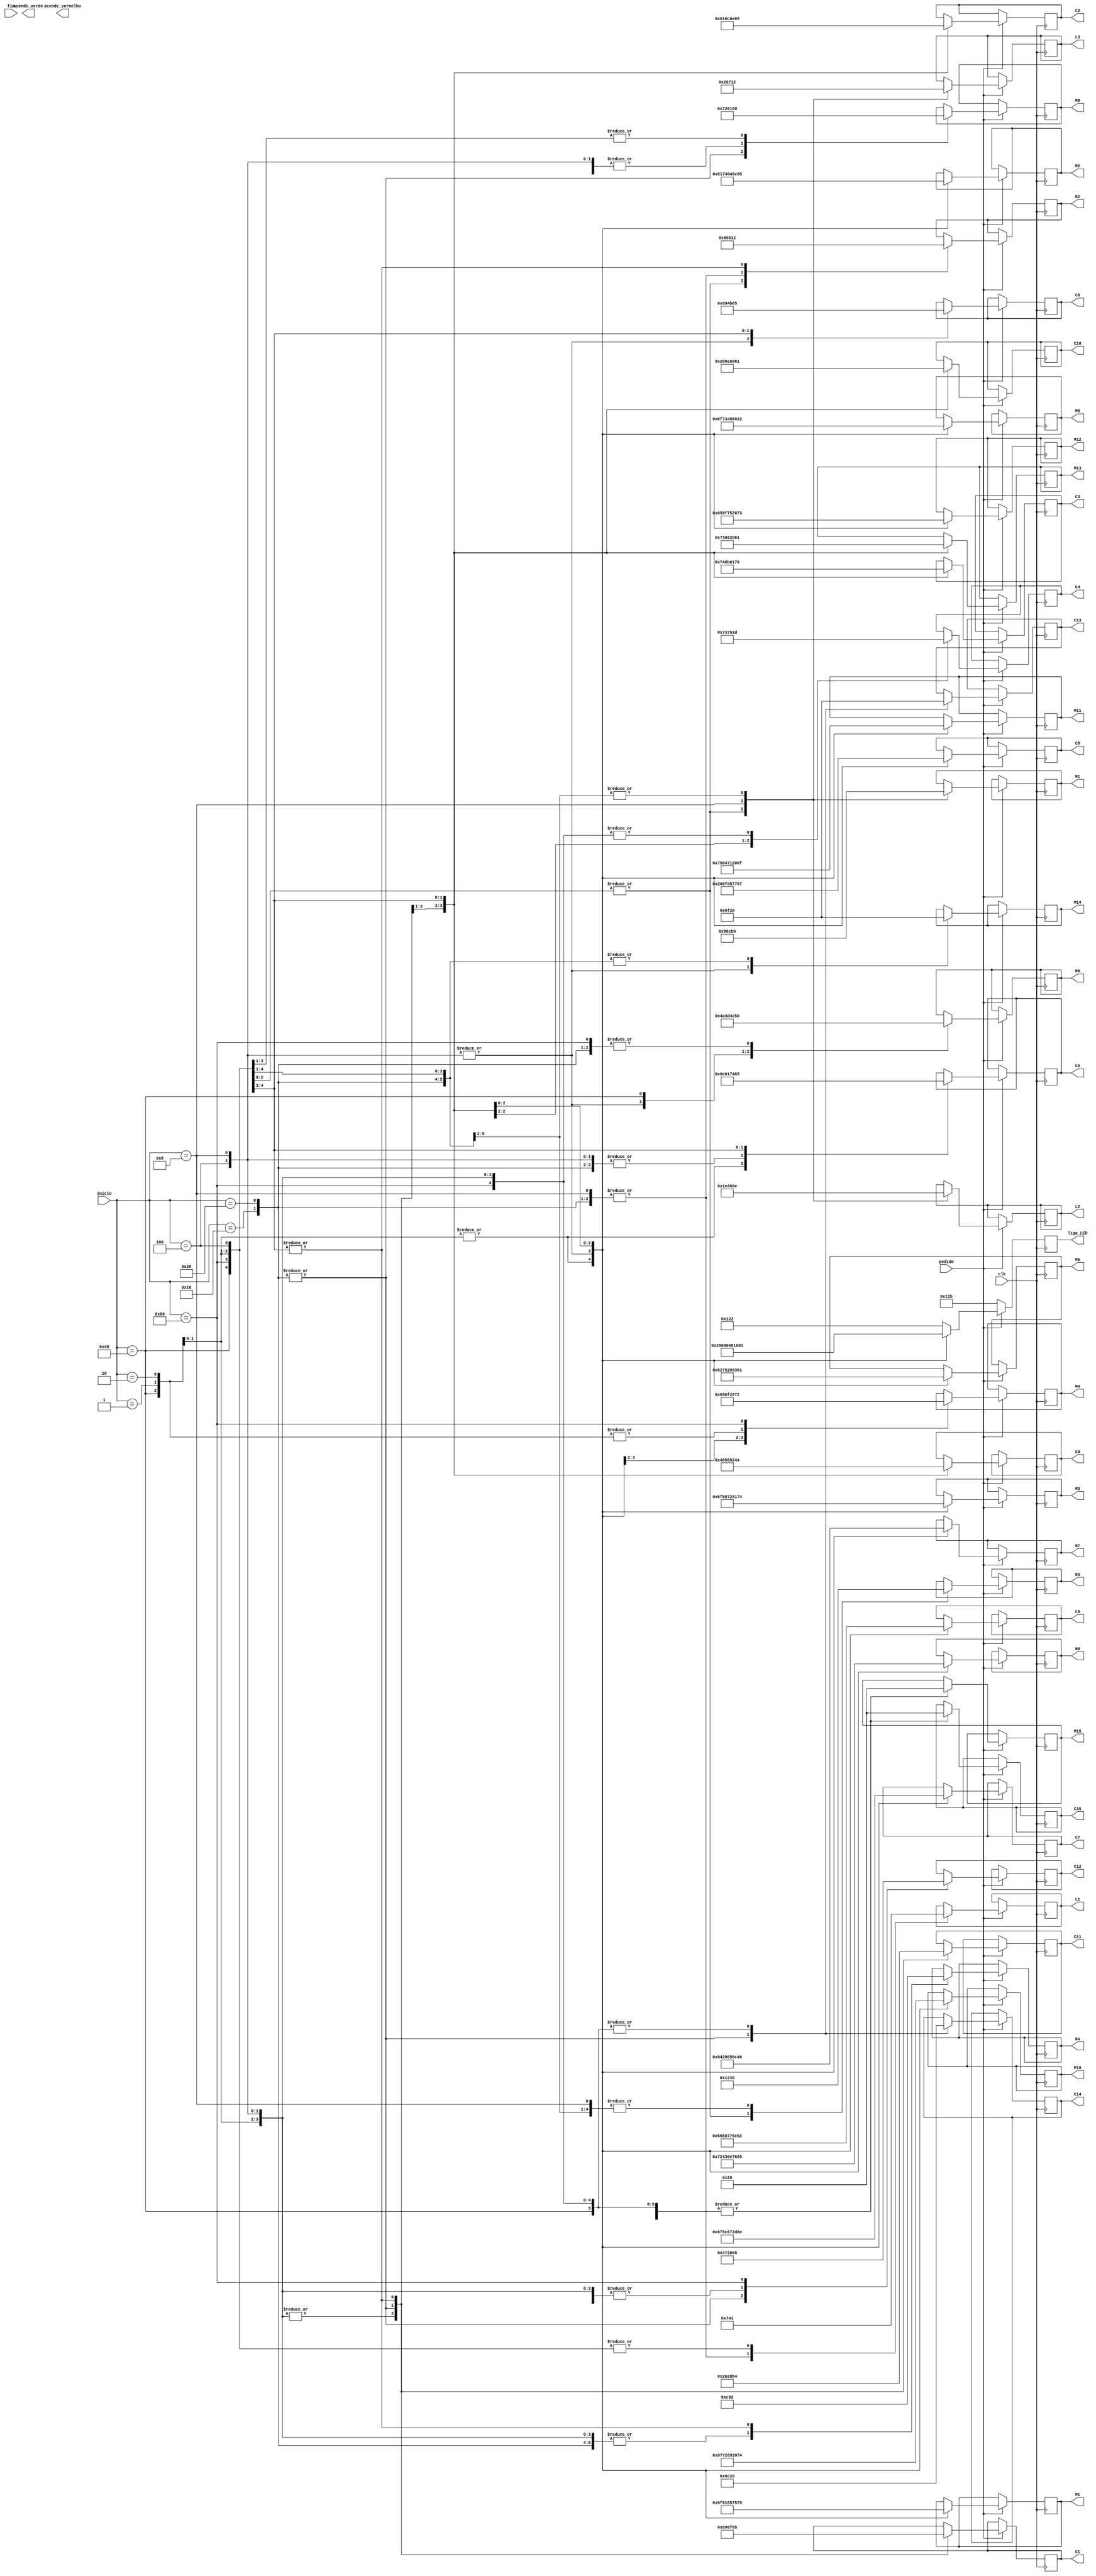
module motorista(M0,M1,M2,M3,M4,M5,M6,M7,M8,M9,M10,M11,M12,M13,M14,M15,
C0,C1,C2,C3,C4,C5,C6,C7,C8,C9,C10,C11,C12,C13,C14,C15,clk,
N1,N2,N3,N4,L1,L2,L3,
inicio,fim,acende_verde,acende_vermelho,pedido,liga_LED);
input clk;
input[7:0] inicio,fim;
output reg [7:0]acende_verde;
output reg[17:0] acende_vermelho ;
input pedido;
output reg [8:0]liga_LED;

output reg [7:0] M0,M1,M2,M3,M4,M5,M6,M7,M8,M9,M10,M11,M12,M13,M14,M15,
C0,C1,C2,C3,C4,C5,C6,C7,C8,C9,C10,C11,C12,C13,C14,C15;
output reg [6:0] N1,N2,N3,N4,L1,L2,L3;
always@(posedge clk)
begin 
if (pedido==0)
liga_LED= 9'b 100101011;
else
begin
	case({inicio})
	1:
	begin
	liga_LED= 9'b000100000;
	//Nome do Motorista
	M0 = 8'h4a;//J
	M1 = 8'h6f;//o
	M2 = 8'h61;//a
	M3 = 8'h6f;//o
	M4 = 8'h20;//space 
	M5 = 8'h52;//R
	M6 = 8'h6f;//o
	M7 = 8'h64;//d
	M8 = 8'h72;//r
	M9 = 8'h69;//i
	M10 = 8'h67;//g
	M11 = 8'h75;//u
	M12 = 8'h65;//e
	M13 = 8'h73;//s
	M14 = 8'h20;//space
	M15 = 8'h20;//space
	//modelo do carro:
	C0 = 8'h46; //F 	
	C1 = 8'h69; //i
	C2 = 8'h61; //a
	C3 = 8'h74; //t
	C4 = 8'h2d; //-
	C5 = 8'h55; //U
	C6 = 8'h6e; //n
	C7 = 8'h6f; //o
	C9 = 8'h20;//space
	C10 = 8'h20;//space
	C11 = 8'h20;//space
	C12 = 8'h20;//space
	C13 = 8'h20;//space
	C14 = 8'h20;//space
	C15 = 8'h20;//space
	//placa do carro:
	N1 = ~7'b1011011;//2
	N2 = ~7'b1100110;//4
	N3 = ~7'b1011011;//2
	N4 = ~7'b1100110;//4
	L1 = ~7'b0111110;//V
	L2 = ~7'b00000110;//I
	L3 = ~7'b1110111;//A
	end

	2:
	begin
	liga_LED= 9'b000100000;
	//Nome do Motorista
	M0 = 8'h4a;//J
	M1 = 8'h6f;//o
	M2 = 8'h61;//a
	M3 = 8'h6f;//o
	M4 = 8'h20;//space 
	M5 = 8'h52;//R
	M6 = 8'h6f;//o
	M7 = 8'h64;//d
	M8 = 8'h72;//r
	M9 = 8'h69;//i
	M10 = 8'h67;//g
	M11 = 8'h75;//u
	M12 = 8'h65;//e
	M13 = 8'h73;//s
	M14 = 8'h20;//space
	M15 = 8'h20;//space
	//modelo do carro:
	C0 = 8'h46; //F 	
	C1 = 8'h69; //i
	C2 = 8'h61; //a
	C3 = 8'h74; //t
	C4 = 8'h2d; //-
	C5 = 8'h55; //U
	C6 = 8'h6e; //n
	C7 = 8'h6f; //o
	C9 = 8'h20; //space
	C10 = 8'h20; //space
	C11 = 8'h20; //space
	C12 = 8'h20; //space
	C13 = 8'h20; //space
	C14 = 8'h20; //space
	C15 = 8'h20; //space
	//placa do carro:
	N1 = ~7'b1011011;//2
	N2 = ~7'b1100110;//4
	N3 = ~7'b1011011;//2
	N4 = ~7'b1100110;//4
	L1 = ~7'b0111110;//V
	L2 = ~7'b00000110;//I
	L3 = ~7'b1110111;//A
	end
	
	4:
	begin 
	liga_LED=  9'b100000000;
	//Nome do Motorista
	M0 = 8'h4d; //M
	M1 = 8'h61; //a
	M2 = 8'h74; //t
	M3 = 8'h68; //h
	M4 = 8'h65; //e 
	M5 = 8'h75; //u
	M6 = 8'h73; //s
	M7 = 8'h20; //space
	M8 = 8'h43; //C
	M9 = 8'h61; //a
	M10 = 8'h72; //r
	M11 = 8'h64; //d
	M12 = 8'h6f; //o
	M13 = 8'h73; //s
	M14 = 8'h6f; //o
	M15 = 8'h20; //space
	//modelo do carro:
	C0 = 8'h46; //F 	
	C1 = 8'h69; //i
	C2 = 8'h61; //a
	C3 = 8'h74; //t
	C4 = 8'h2d; //-
	C5 = 8'h50;//P
	C6 = 8'h61;//a
	C7 = 8'h6c;//l
	C8 = 8'h69;//i
	C9 = 8'h6f;//o
	C10 = 8'h20;//space
	C11 = 8'h20;//space
	C12 = 8'h20;//space
	C13 = 8'h20;//space
	C14 = 8'h20;//space
	C15 = 8'h20;//space
	//placa do carro:
	N1 = ~7'b1011011;//2
	N2 = ~7'b1100110;//4
	N3 = ~7'b1011011;//2
	N4 = ~7'b1100110;//4
	L1 = ~7'b0111110;//V
	L2 = ~7'b00000110;//I
	L3 = ~7'b1110111;//A
	end

	8: 
	begin
	liga_LED=  9'b100000000;
	M0 = 8'h4d; //M
	M1 = 8'h61; //a
	M2 = 8'h74; //t
	M3 = 8'h68; //h
	M4 = 8'h65; //e 
	M5 = 8'h75; //u
	M6 = 8'h73; //s
	M7 = 8'h20; //space
	M8 = 8'h43; //C
	M9 = 8'h61; //a
	M10 = 8'h72; //r
	M11 = 8'h64; //d
	M12 = 8'h6f; //o
	M13 = 8'h73; //s
	M14 = 8'h6f; //o
	M15 = 8'h20; //space
	//modelo do carro:
	C0 = 8'h46; //F 	
	C1 = 8'h69; //i
	C2 = 8'h61; //a
	C3 = 8'h74; //t
	C4 = 8'h2d; //-
	C5 = 8'h50; //P
	C6 = 8'h61; //a
	C7 = 8'h6c; //l
	C8 = 8'h69; //i
	C9 = 8'h6f; //o
	C10 = 8'h20; //space
	C11 = 8'h20; //space
	C12 = 8'h20; //space
	C13 = 8'h20; //space
	C14 = 8'h20; //space
	C15 = 8'h20; //space
	//placa do carro:
	N1 = ~7'b1100110;//4
	N2 = ~7'b1001111;//3
	N3 = ~7'b1001111;//3
	N4 = ~7'b1100110;//4
	L1 = ~7'b1110001;//F
	L2 = ~7'b1101101;//S
	L3 = ~7'b1110001;//F
	end

   	16:
	begin
	liga_LED= 9'b000000010;
	//Nome do Motorista
	M0 = 8'h50;//P
	M1 = 8'h65;//e
	M2 = 8'h64;//d
	M3 = 8'h72;//r
	M4 = 8'h6f;//o 
	M5 = 8'h20;//space
	M6 = 8'h48;//H
	M7 = 8'h65;//e
	M8 = 8'h6e;//n
	M9 = 8'h72;//r
	M10 = 8'h69;//i
	M11 = 8'h71;//q
	M12 = 8'h75;//u
	M13 = 8'h65;//e
	M14 = 8'h20;//space
	M15 = 8'h20;//space
	//modelo do carro:
	C0 = 8'h56; //V
	C1 = 8'h6f; //o
	C2 = 8'h6c; //l
	C3 = 8'h6b; //k
	C4 = 8'h73; //s
	C5 = 8'h77; //w
	C6 = 8'h61; //a
	C7 = 8'h67; //g
	C9 = 8'h65; //e
	C10 = 8'h6e; //n
	C11 = 8'h2d; //-
	C12 = 8'h47; //G
	C13 = 8'h6f; //o
	C14 = 8'h6c; //l
	C15 = 8'h20; //space
	N1 = ~7'b1001111;//3
	N2 = ~7'b1001111;//3
	N3 = ~7'b1001111;//3
	N4 = ~7'b1100110;//4
	L1 = ~7'b1110001;//F
	L2 = ~7'b1110001;//F
	L3 = ~7'b1101101;//S
	end

	32:
	begin
	liga_LED= 9'b000000010;
	//Nome do Motorista
	M0 = 8'h50;//P
	M1 = 8'h65;//e
	M2 = 8'h64;//d
	M3 = 8'h72;//r
	M4 = 8'h6f;//o 
	M5 = 8'h20;//space
	M6 = 8'h48;//H
	M7 = 8'h65;//e
	M8 = 8'h6e;//n
	M9 = 8'h72;//r
	M10 = 8'h69;//i
	M11 = 8'h71;//q
	M12 = 8'h75;//u
	M13 = 8'h65;//e
	M14 = 8'h20;//space
	M15 = 8'h20;//space
	//modelo do carro:
	C0 = 8'h56; //V
	C1 = 8'h6f; //o
	C2 = 8'h6c; //l
	C3 = 8'h6b; //k
	C4 = 8'h73; //s
	C5 = 8'h77; //w
	C6 = 8'h61; //a
	C7 = 8'h67; //g
	C9 = 8'h65; //e
	C10 = 8'h6e; //n
	C11 = 8'h2d; //-
	C12 = 8'h47; //G
	C13 = 8'h6f; //o
	C14 = 8'h6c; //l
	C15 = 8'h20; //space
	N1 = ~7'b1001111;//3
	N2 = ~7'b1001111;//3
	N3 = ~7'b1001111;//3
	N4 = ~7'b1100110;//4
	L1 = ~7'b1110001;//F
	L2 = ~7'b1110001;//F
	L3 = ~7'b1101101;//S
	end

	64:
	begin
	liga_LED= 9'b000001000;
	//Nome do Motorista
	M0 = 8'h4c;//L
	M1 = 8'h75;//u
	M2 = 8'h6c;//l
	M3 = 8'h61;//a
	M4 = 8'h20;//space 
	M5 = 8'h53;//S
	M6 = 8'h69;//i
	M7 = 8'h6c;//l
	M8 = 8'h76;//v
	M9 = 8'h61;//a
	M10 = 8'h20;//space
	M11 = 8'h20;//space
	M12 = 8'h20;//space
	M13 = 8'h20;//space
	M14 = 8'h20;//space
	M15 = 8'h20;//space
	//modelo do carro:
	C0 = 8'h52;//R
	C1 = 8'h65;//e
	C2 = 8'h6e;//n
	C3 = 8'h61;//a
	C4 = 8'h75;//u
	C5 = 8'h6c;//l
	C6 = 8'h74;//t
	C7 = 8'h2d;//-
	C8 = 8'h4b;//K
	C9 = 8'h77;//w
	C10 = 8'h69;//i
	C11 = 8'h64;//d
	C12 = 8'h20;//space
	C13 = 8'h20;//space
	C14 = 8'h20;//space
	C15 = 8'h20;//space
	//placa do carro:
	N1 = ~7'b1001111;//3
	N2 = ~7'b1101101;//5
	N3 = ~7'b1001111;//3
	N4 = ~7'b1101101;//5
	L1 = ~7'b0111110;//U
	L2 = ~7'b1110001;//F
	L3 = ~7'b1101101;//S
	end

  	128:
  	begin
  	liga_LED= 9'b000000001;
	//Nome do Motorista
	M0 = 8'h50;//P
	M1 = 8'h79;//y
	M2 = 8'h65;//e
	M3 = 8'h74;//t
	M4 = 8'h72;//r 
	M5 = 8'h61;//a
	M6 = 8'h22;//
	M7 = 8'h46;//F
	M8 = 8'h65;//e
	M9 = 8'h69;//i
	M10 = 8'h74;//t
	M11 = 8'h6f;//o
	M12 = 8'h73;//s
	M13 = 8'h61;//a

	M14 = 8'h20;//space
	M15 = 8'h20;//space
	//modelo do carro:
	C0 = 8'h4a;//J
	C1 = 8'h65;//e
	C2 = 8'h65;//e
	C3 = 8'h70;//p
	C4 = 8'h2d;//-
	C5 = 8'h52;//R
	C6 = 8'h65;//e
	C7 = 8'h6e;//n
	C8 = 8'h65;//e
	C9 = 8'h67;//g
	C10 = 8'h61;//a
	C11 = 8'h64;//d
	C12 = 8'h65;//e
	C13 = 8'h20;//space
	C14 = 8'h20;//space
	C15 = 8'h20;//space

	//placa do carro:
	N1 = ~7'b1001111;//3
	N2 = ~7'b1101101;//5
	N3 = ~7'b1001111;//3
	N4 = ~7'b1101101;//5
	L1 = ~7'b0111110;//U
	L2 = ~7'b1110001;//F
	L3 = ~7'b1101101;//S

  	end
	256:
	begin
	
	liga_LED= 9'b000000001;
	//Nome do Motorista
	M0 = 8'h50;//P
	M1 = 8'h79;//y
	M2 = 8'h65;//e
	M3 = 8'h74;//t
	M4 = 8'h72;//r 
	M5 = 8'h61;//a
	M6 = 8'h22;//
	M7 = 8'h46;//F
	M8 = 8'h65;//e
	M9 = 8'h69;//i
	M10 = 8'h74;//t
	M11 = 8'h6f;//o
	M12 = 8'h73;//s
	M13 = 8'h61;//a

	M14 = 8'h20;//space
	M15 = 8'h20;//space
	//modelo do carro:
	C0 = 8'h4a;//J
	C1 = 8'h65;//e
	C2 = 8'h65;//e
	C3 = 8'h70;//p
	C4 = 8'h2d;//-
	C5 = 8'h52;//R
	C6 = 8'h65;//e
	C7 = 8'h6e;//n
	C8 = 8'h65;//e
	C9 = 8'h67;//g
	C10 = 8'h61;//a
	C11 = 8'h64;//d
	C12 = 8'h65;//e
	C13 = 8'h20;//space
	C14 = 8'h20;//space
	C15 = 8'h20;//space

	//placa do carro:
	N1 = ~7'b1001111;//3
	N2 = ~7'b1101101;//5
	N3 = ~7'b1001111;//3
	N4 = ~7'b1101101;//5
	L1 = ~7'b0111110;//U
	L2 = ~7'b1110001;//F
	L3 = ~7'b1101101;//S

	end
  	default: liga_LED= 9'b 100100010;
  	endcase
	end
end
endmodule